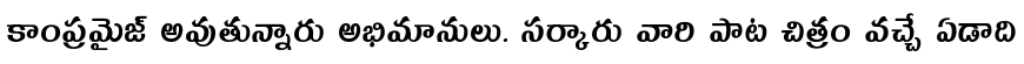
కాంప్రమైజ్ అవుతున్నారు అభిమానులు. సర్కారు వారి పాట చిత్రం వచ్చే ఏడాది